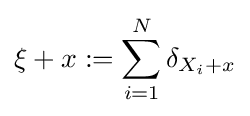
\xi +x:=\sum _{i=1}^{N}\delta _{X_{i}+x}